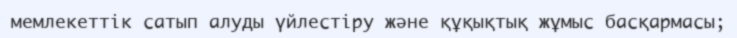
мемлекеттік сатып алуды үйлестіру және құқықтық жұмыс басқармасы;